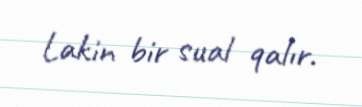
Lakin bir sual qalır.